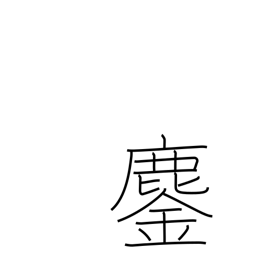
Meaning: annihilation